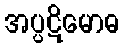
အပ္ပဋိမောဓ